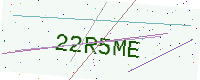
Text: 22R5ME